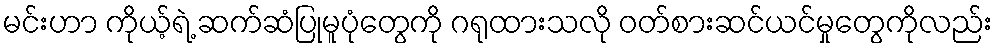
မင်းဟာ ကိုယ့်ရဲ့ ဆက်ဆံပြုမူပုံတွေကို ဂရုထားသလို ဝတ်စားဆင်ယင်မှုတွေကိုလည်း